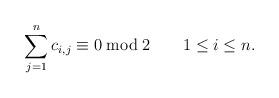
LaTeX: \begin{align*} \sum_{j=1}^nc_{i,j}\equiv0\bmod2\qquad1\leq i\leq n.\end{align*}